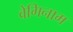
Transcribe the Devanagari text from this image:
वेगिनाम